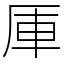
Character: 厙